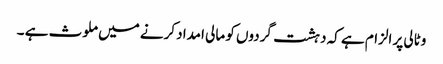
وٹالی پر الزام ہے کہ دہشت گردوں کو مالی امداد کرنے میں ملوث ہے ۔